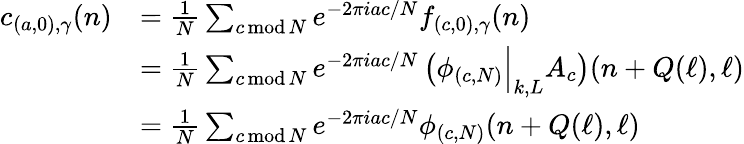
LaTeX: \begin{array}{rl}{c_{(a,0),\gamma}(n)}&{=\frac{1}{N}\sum_{c\operatorname{mod}N}e^{-2\pi iac/N}f_{(c,0),\gamma}(n)}\\ &{=\frac{1}{N}\sum_{c\operatorname{mod}N}e^{-2\pi iac/N}\left(\phi_{(c,N)}\Big|_{k,L}A_{c}\right)(n+Q(\ell),\ell)}\\ &{=\frac{1}{N}\sum_{c\operatorname{mod}N}e^{-2\pi iac/N}\phi_{(c,N)}(n+Q(\ell),\ell)}\end{array}